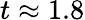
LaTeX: t\approx 1.8